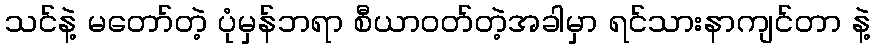
သင်နဲ့ မတော်တဲ့ ပုံမှန်ဘရာ စီယာဝတ်တဲ့အခါမှာ ရင်သားနာကျင်တာ နဲ့